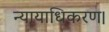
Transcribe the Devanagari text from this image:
न्यायाधिकरण।